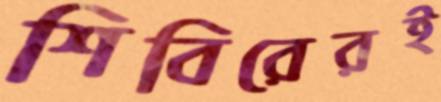
শিবিরেরই